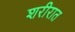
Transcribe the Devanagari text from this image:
शरीरात